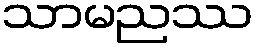
သာမညဿ